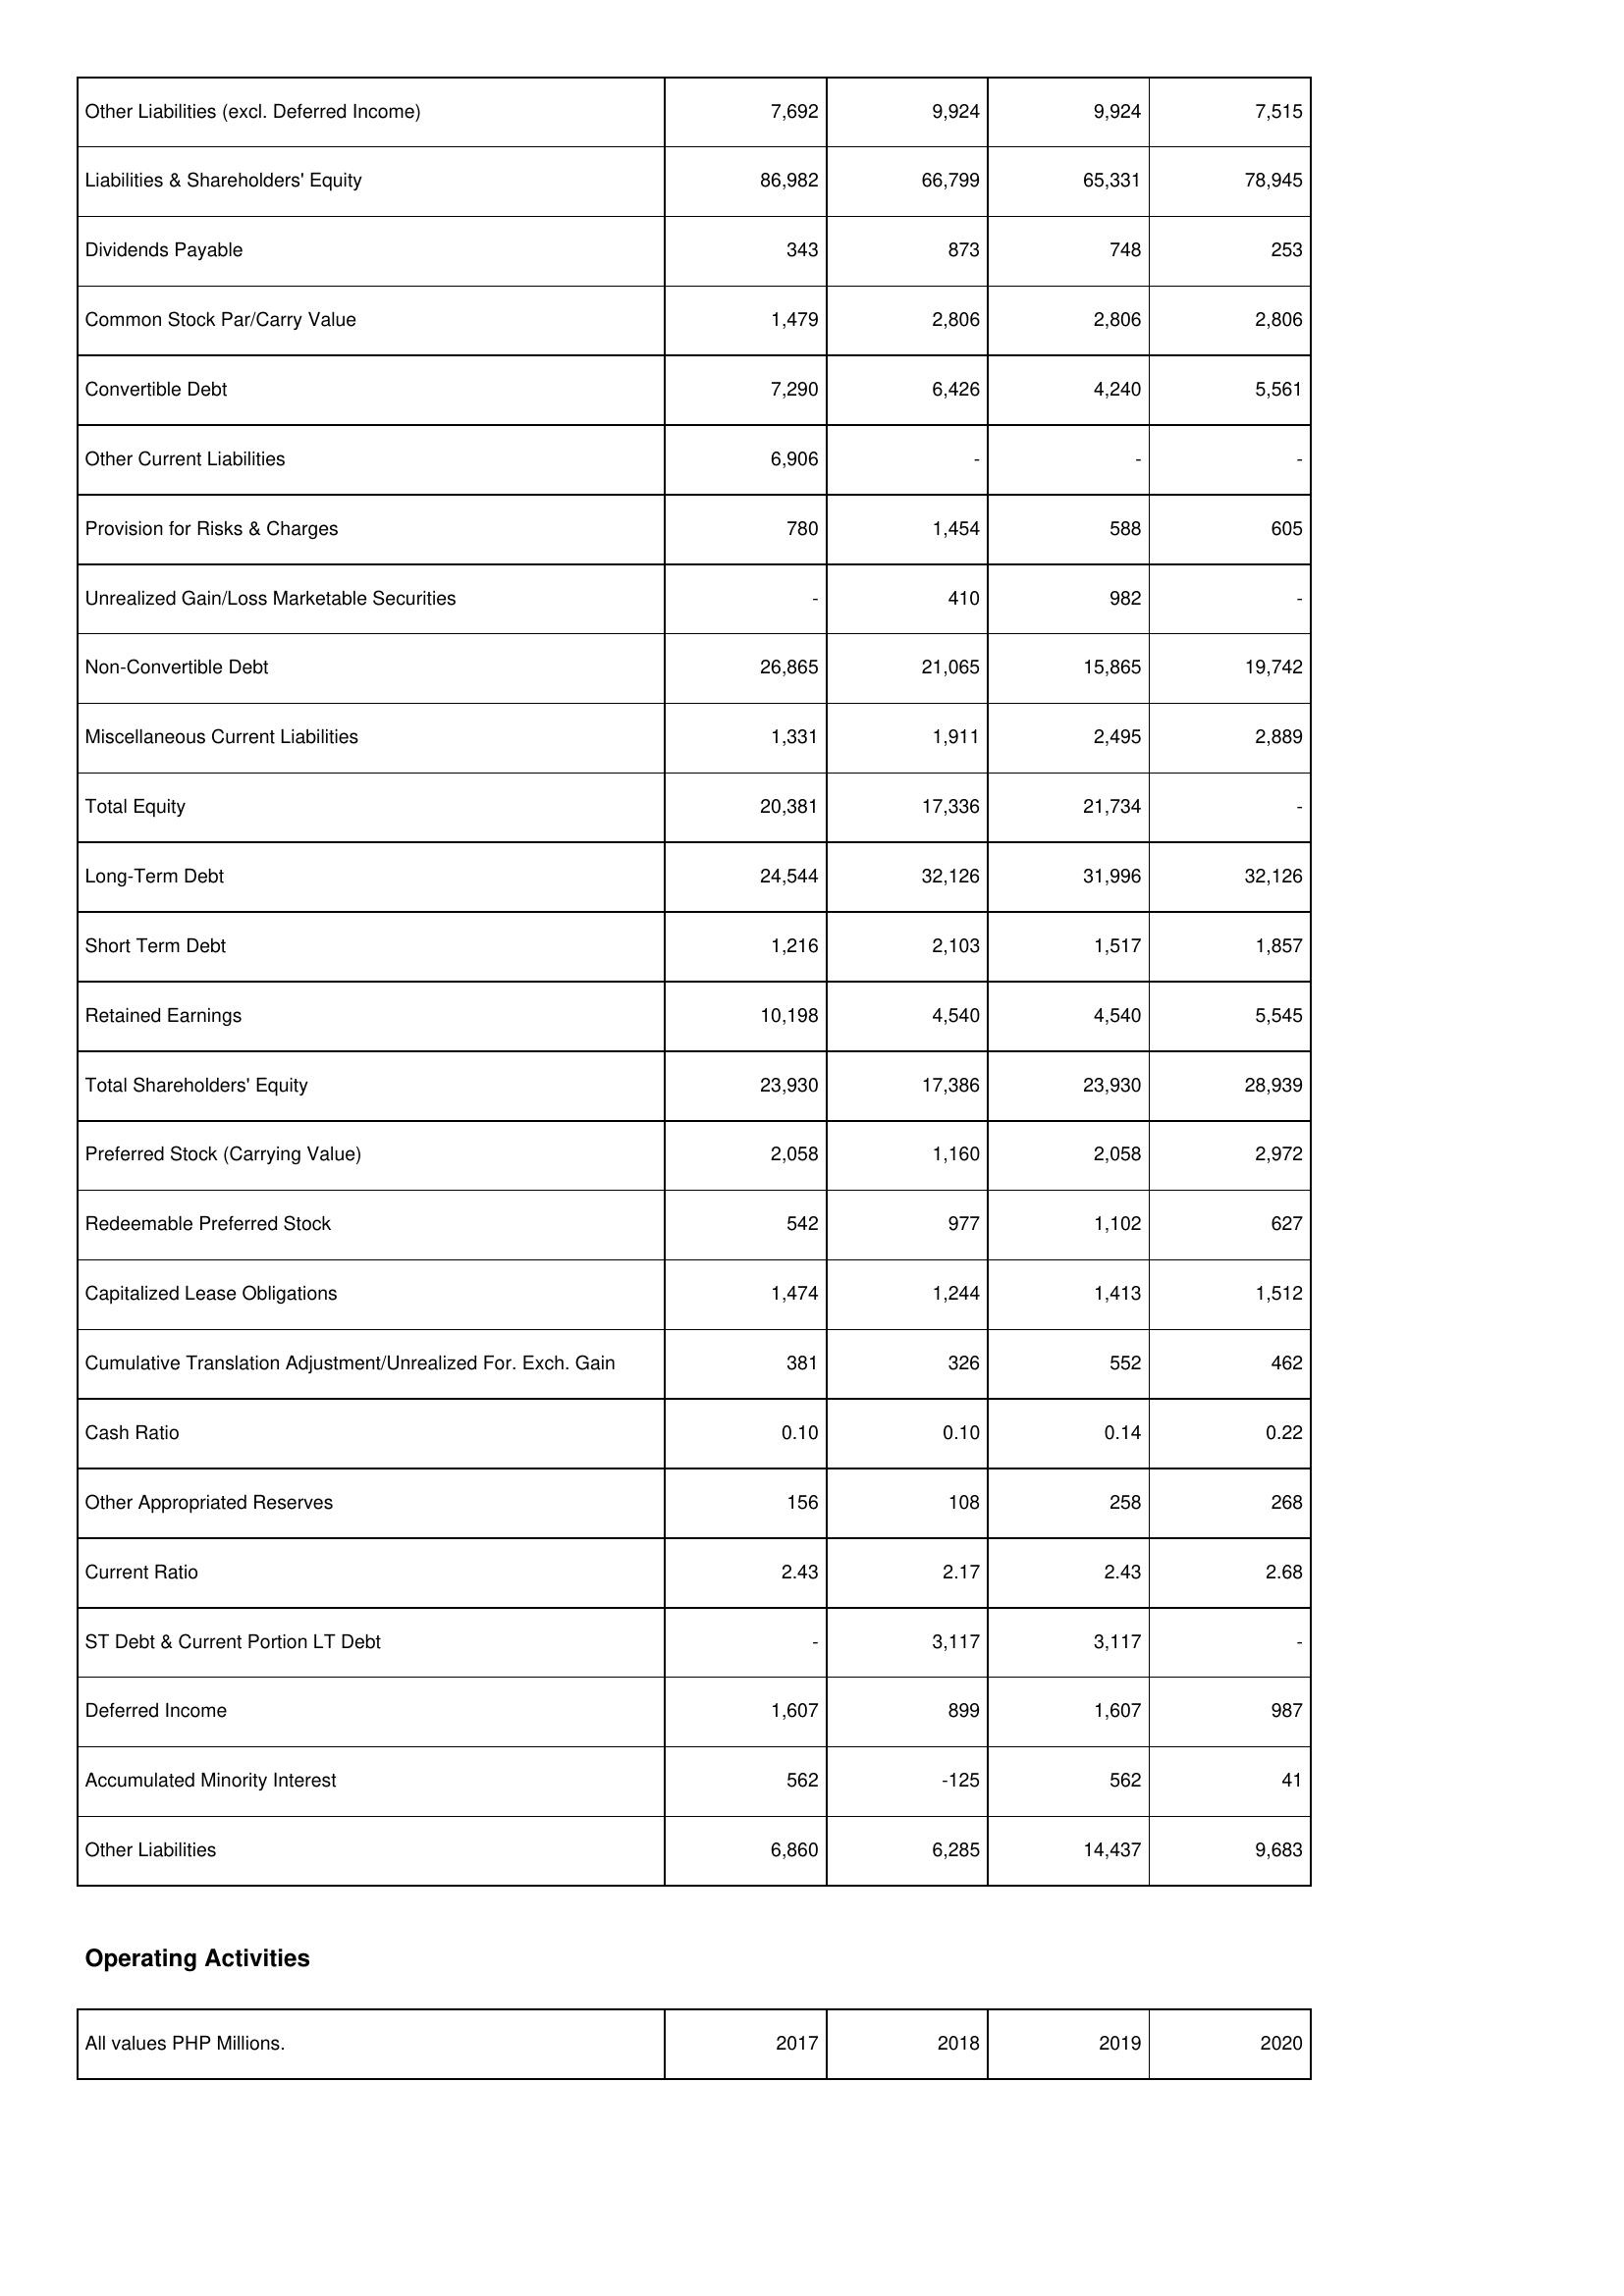
2017: Liabilities & Shareholders' Equity: Other Liabilities (excl. Deferred Income): 7,692
Liabilities & Shareholders' Equity: 86,982
Dividends Payable: 343
Common Stock Par/Carry Value: 1,479
Convertible Debt: 7,290
Other Current Liabilities: 6,906
Provision for Risks & Charges: 780
Unrealized Gain/Loss Marketable Securities: -
Non-Convertible Debt: 26,865
Miscellaneous Current Liabilities: 1,331
Total Equity: 20,381
Long-Term Debt: 24,544
Short Term Debt: 1,216
Retained Earnings: 10,198
Total Shareholders' Equity: 23,930
Preferred Stock (Carrying Value): 2,058
Redeemable Preferred Stock: 542
Capitalized Lease Obligations: 1,474
Cumulative Translation Adjustment/Unrealized For. Exch. Gain: 381
Cash Ratio: 0.10
Other Appropriated Reserves: 156
Current Ratio: 2.43
ST Debt & Current Portion LT Debt: -
Deferred Income: 1,607
Accumulated Minority Interest: 562
Other Liabilities: 6,860
2018: Liabilities & Shareholders' Equity: Other Liabilities (excl. Deferred Income): 9,924
Liabilities & Shareholders' Equity: 66,799
Dividends Payable: 873
Common Stock Par/Carry Value: 2,806
Convertible Debt: 6,426
Other Current Liabilities: -
Provision for Risks & Charges: 1,454
Unrealized Gain/Loss Marketable Securities: 410
Non-Convertible Debt: 21,065
Miscellaneous Current Liabilities: 1,911
Total Equity: 17,336
Long-Term Debt: 32,126
Short Term Debt: 2,103
Retained Earnings: 4,540
Total Shareholders' Equity: 17,386
Preferred Stock (Carrying Value): 1,160
Redeemable Preferred Stock: 977
Capitalized Lease Obligations: 1,244
Cumulative Translation Adjustment/Unrealized For. Exch. Gain: 326
Cash Ratio: 0.10
Other Appropriated Reserves: 108
Current Ratio: 2.17
ST Debt & Current Portion LT Debt: 3,117
Deferred Income: 899
Accumulated Minority Interest: -125
Other Liabilities: 6,285
2019: Liabilities & Shareholders' Equity: Other Liabilities (excl. Deferred Income): 9,924
Liabilities & Shareholders' Equity: 65,331
Dividends Payable: 748
Common Stock Par/Carry Value: 2,806
Convertible Debt: 4,240
Other Current Liabilities: -
Provision for Risks & Charges: 588
Unrealized Gain/Loss Marketable Securities: 982
Non-Convertible Debt: 15,865
Miscellaneous Current Liabilities: 2,495
Total Equity: 21,734
Long-Term Debt: 31,996
Short Term Debt: 1,517
Retained Earnings: 4,540
Total Shareholders' Equity: 23,930
Preferred Stock (Carrying Value): 2,058
Redeemable Preferred Stock: 1,102
Capitalized Lease Obligations: 1,413
Cumulative Translation Adjustment/Unrealized For. Exch. Gain: 552
Cash Ratio: 0.14
Other Appropriated Reserves: 258
Current Ratio: 2.43
ST Debt & Current Portion LT Debt: 3,117
Deferred Income: 1,607
Accumulated Minority Interest: 562
Other Liabilities: 14,437
2020: Liabilities & Shareholders' Equity: Other Liabilities (excl. Deferred Income): 7,515
Liabilities & Shareholders' Equity: 78,945
Dividends Payable: 253
Common Stock Par/Carry Value: 2,806
Convertible Debt: 5,561
Other Current Liabilities: -
Provision for Risks & Charges: 605
Unrealized Gain/Loss Marketable Securities: -
Non-Convertible Debt: 19,742
Miscellaneous Current Liabilities: 2,889
Total Equity: -
Long-Term Debt: 32,126
Short Term Debt: 1,857
Retained Earnings: 5,545
Total Shareholders' Equity: 28,939
Preferred Stock (Carrying Value): 2,972
Redeemable Preferred Stock: 627
Capitalized Lease Obligations: 1,512
Cumulative Translation Adjustment/Unrealized For. Exch. Gain: 462
Cash Ratio: 0.22
Other Appropriated Reserves: 268
Current Ratio: 2.68
ST Debt & Current Portion LT Debt: -
Deferred Income: 987
Accumulated Minority Interest: 41
Other Liabilities: 9,683